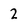
Character: 2